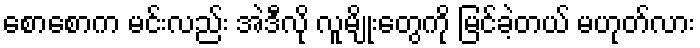
စောစောက မင်းလည်း အဲဒီလို လူမျိုးတွေကို မြင်ခဲ့တယ် မဟုတ်လား